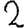
Digit: 2